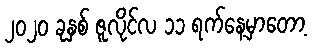
၂၀၂၀ ခုနှစ် ဇူလိုင်လ ၁၁ ရက်နေ့မှာတော့